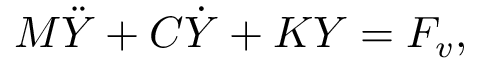
M \ddot { Y } + C \dot { Y } + K Y = { F _ { v } } ,